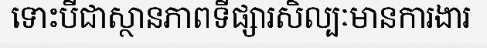
ទោះបីជាស្ថានភាពទីផ្សារសិល្បៈមានការងារ